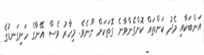
އަންބަކާއި މެދު ކަންތައް ކޮށްގެންވާނެ ގޮތަކަށް ނޫނެވެ. މިހާރު ވެސް އޭނާގެ ހަށިގަނޑުގެ